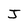
Character: J